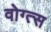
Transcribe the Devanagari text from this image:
वोग्त्स